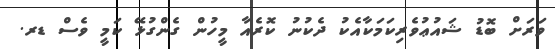
ވަރަށް ބޮޑު ޝައުޢުވެރިކަމަކާއެކު ދެކުނު ކޮރެއާ މީހުން ގެންގުޅޭ ކަމީ ވެސް ޑރ.